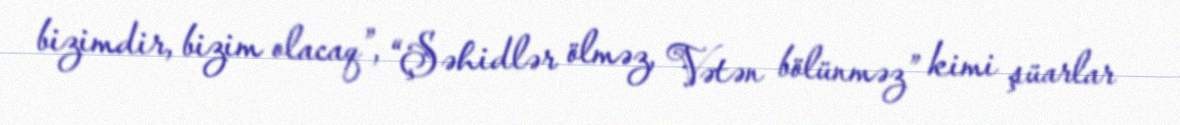
bizimdir, bizim olacaq”, “Şəhidlər ölməz, Vətən bölünməz” kimi şüarlar